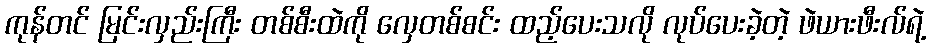
ကုန်တင် မြင်းလှည်းကြီး တစ်စီးထဲကို လှေတစ်စင်း ထည့်ပေးသလို လုပ်ပေးခဲ့တဲ့ ဖဲယားဖီးလ်ရဲ့